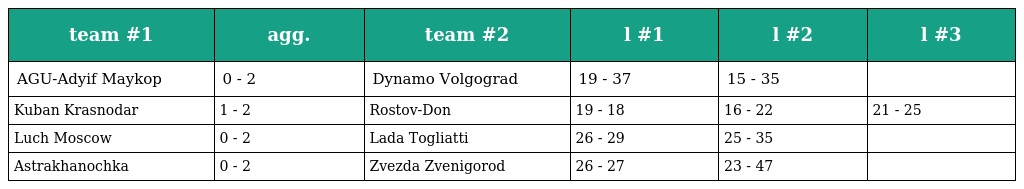
| team #1 | agg. | team #2 | l #1 | l #2 | l #3 |
 | --- | --- | --- | --- | --- | --- |
 | AGU-Adyif Maykop | 0 - 2 | Dynamo Volgograd | 19 - 37 | 15 - 35 |  |
 | Kuban Krasnodar | 1 - 2 | Rostov-Don | 19 - 18 | 16 - 22 | 21 - 25 |
 | Luch Moscow | 0 - 2 | Lada Togliatti | 26 - 29 | 25 - 35 |  |
 | Astrakhanochka | 0 - 2 | Zvezda Zvenigorod | 26 - 27 | 23 - 47 |  |